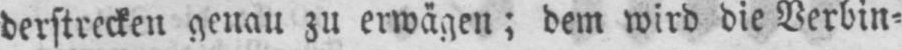
derstrecken genau zu erwägen; dem wird die Verbin⸗